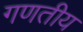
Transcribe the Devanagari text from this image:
गणतीय